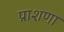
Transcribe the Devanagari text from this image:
प्राशणा